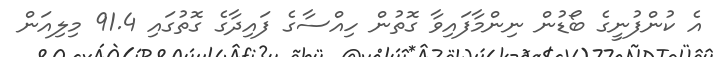
އެ ކުންފުނީގެ ބޯޑުން ނިންމާފައިވާ ގޮތުން ހިއްސާގެ ފައިދާގެ ގޮތުގައި 91.4 މިލިއަން